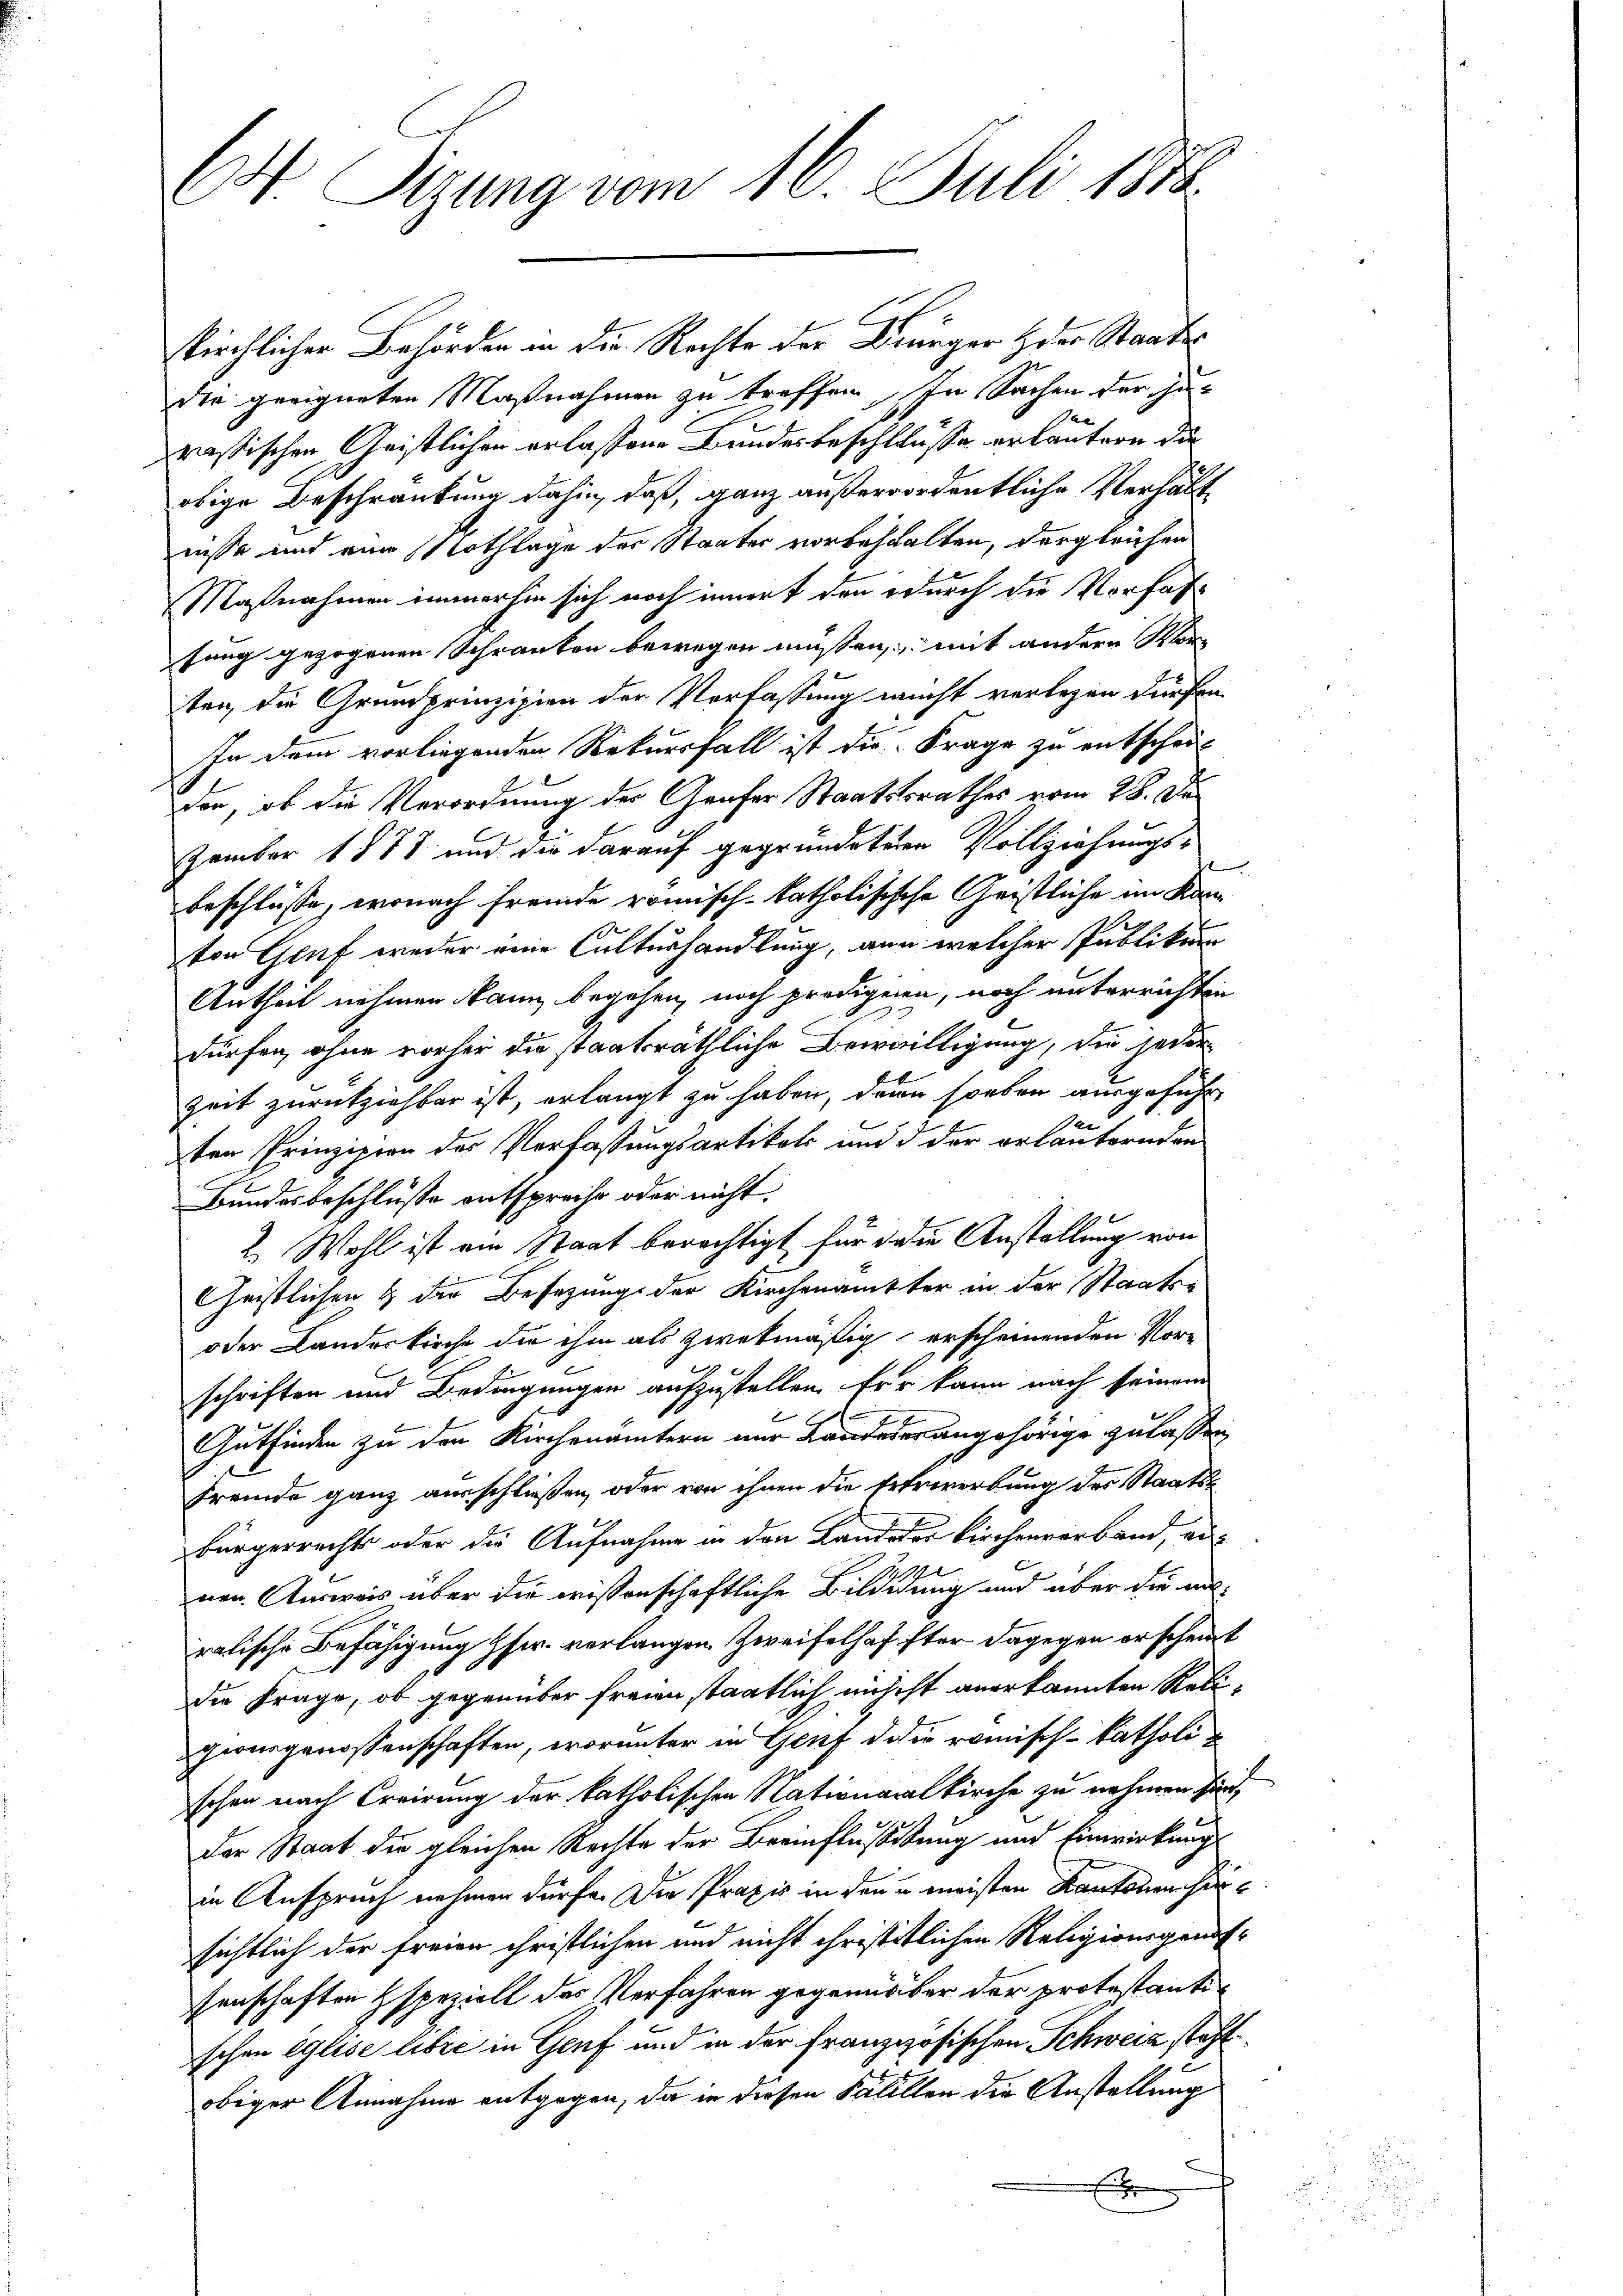
ON Sizung vom 16. Juli 1888.

kirchlicher Behörden in die Rechte der Brünger der Staatsdie geeigneten Maßnahmen zu treffen, In Sachen der Zurastischen Geistlichen erlassene Landesbeschlusse erläutern die
obige Beschränkung dahin, daß, ganz außerordentliche Verhält
nisse und eine Nothlage der Staates vorbehalten, dergleichen
Maßnahmen immerhin sich noch innert den durch die Vorfahfung gezogenen Schranken bewegen müssen mit andern Kon
ten, die Grundprinzipien der Verfassung nicht verlegen dürfen
In dem vorliegenden Rekursfall ist die Frage zu entschei-
den, ob die Verordnung der Grafer Staatstrathes vom 28. De
zember 1871 und die darauf gegründetern Vollziehungsbeschlüsse, wonach fremde römisch-katholischehe Geistliche im Kanton Genf weder eine Culturhandlung, nun welcher Publikum
Antheil nehmen kann begehen, noch predigeren, noch unterrichten
dürfen, ohne vorher die staatsräthliche Bewilligung, die jeder
Zeit zurückziehbar ist, erlangt zu haben, denn soeben ausgeführ
ten Prinzipien des Verfassungsartikel und d der erläuternden
Bundesbeschlüsse entspreche oder nicht
2. Wohl ist ein Staat berechtigt für die Anstellung von
Geistlichen & die Besetzung der Kirchenamtter in der Staats-
oder Landeskirche die ihm als zwekmäßig erscheinenden Vor-
schriften und Bedingungen aufzustellen. Er kann nach seinem
Gutfinden zu den Kirchenämtern nur Landeder angehörige zu lassen,
Fremde ganz ausschließen, oder von ihnen die Erfreverbung der Staatsbürgerrechts oder die Aufnahme in den Land oder Kirchenverband, ei-
2
nen Ausweis über die wissenschaftliche Bildigung und über die an-
ralische Befähigung Gsw. verlangen Zweifelhaffter dagegen erscheint
die Frage, ob gegenüber freien staatlich nicht anerkannten Relipionsgenossenschaften, worunter in Genf der römisch-katholi
schen nach Creirung der katholischen Nationalkirche zu nehmen sind,
der Staat die gleichen Rechte der Beeinflussikung und Einwirkungs
in Anspruch nehmen dürfe. Die Praxis in den u. meisten Kantonen hinsichtlich der freien christlichen und nicht christitlichen Religionsgenössenschaften & speziell das Verfahren gegennüber der protestantischen Eglise libre in Genf und in der französischen Schweiz steht
obiger Annahme entgegen, da in diesen Fällten die Anstellung